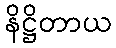
နိဋ္ဌိတာယ